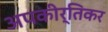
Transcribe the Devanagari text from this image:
अपकीर्तिकर